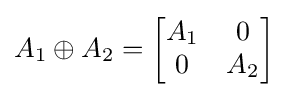
A_{1}\oplus A_{2}={\begin{bmatrix}A_{1}&0\\0&A_{2}\end{bmatrix}}